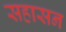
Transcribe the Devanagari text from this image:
सहासन